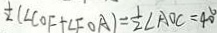
\frac { 1 } { 2 } ( \angle C O F + \angle F O A ) = \frac { 1 } { 2 } \angle A O C = 4 0 ^ { \circ }